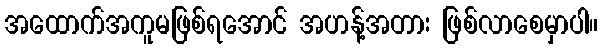
အထောက်အကူမဖြစ်ရအောင် အဟန့်အတား ဖြစ်လာစေမှာပါ။